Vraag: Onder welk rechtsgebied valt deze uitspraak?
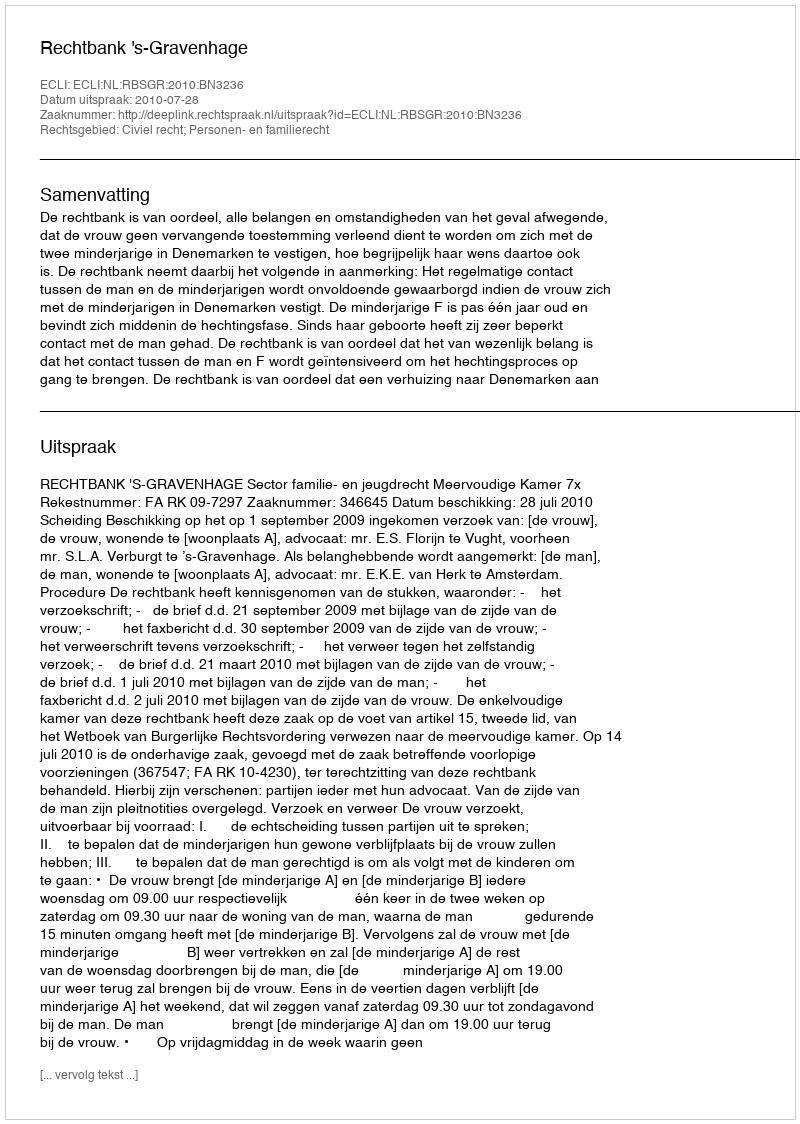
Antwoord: Civiel recht; Personen- en familierecht